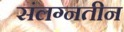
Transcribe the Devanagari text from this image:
संलग्नतीन